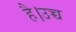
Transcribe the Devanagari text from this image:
है।उच्च